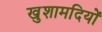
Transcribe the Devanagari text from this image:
खुशामदियों